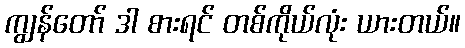
ကျွန်တော် ဒါ စားရင် တစ်ကိုယ်လုံး ယားတယ်။